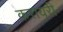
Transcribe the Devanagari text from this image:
करायरी